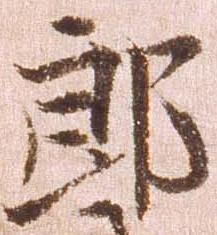
郎